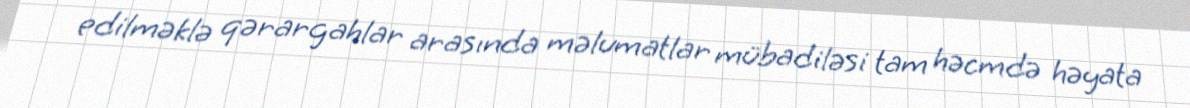
edilməklə qərargahlar arasında məlumatlar mübadiləsi tam həcmdə həyata